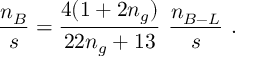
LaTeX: \frac { n _ { B } } { s } = \frac { 4 ( 1 + 2 n _ { g } ) } { 2 2 n _ { g } + 1 3 } ~ \frac { n _ { B - L } } { s } ~ .